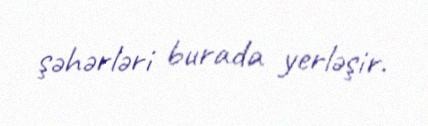
şəhərləri burada yerləşir.